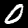
Digit: 0